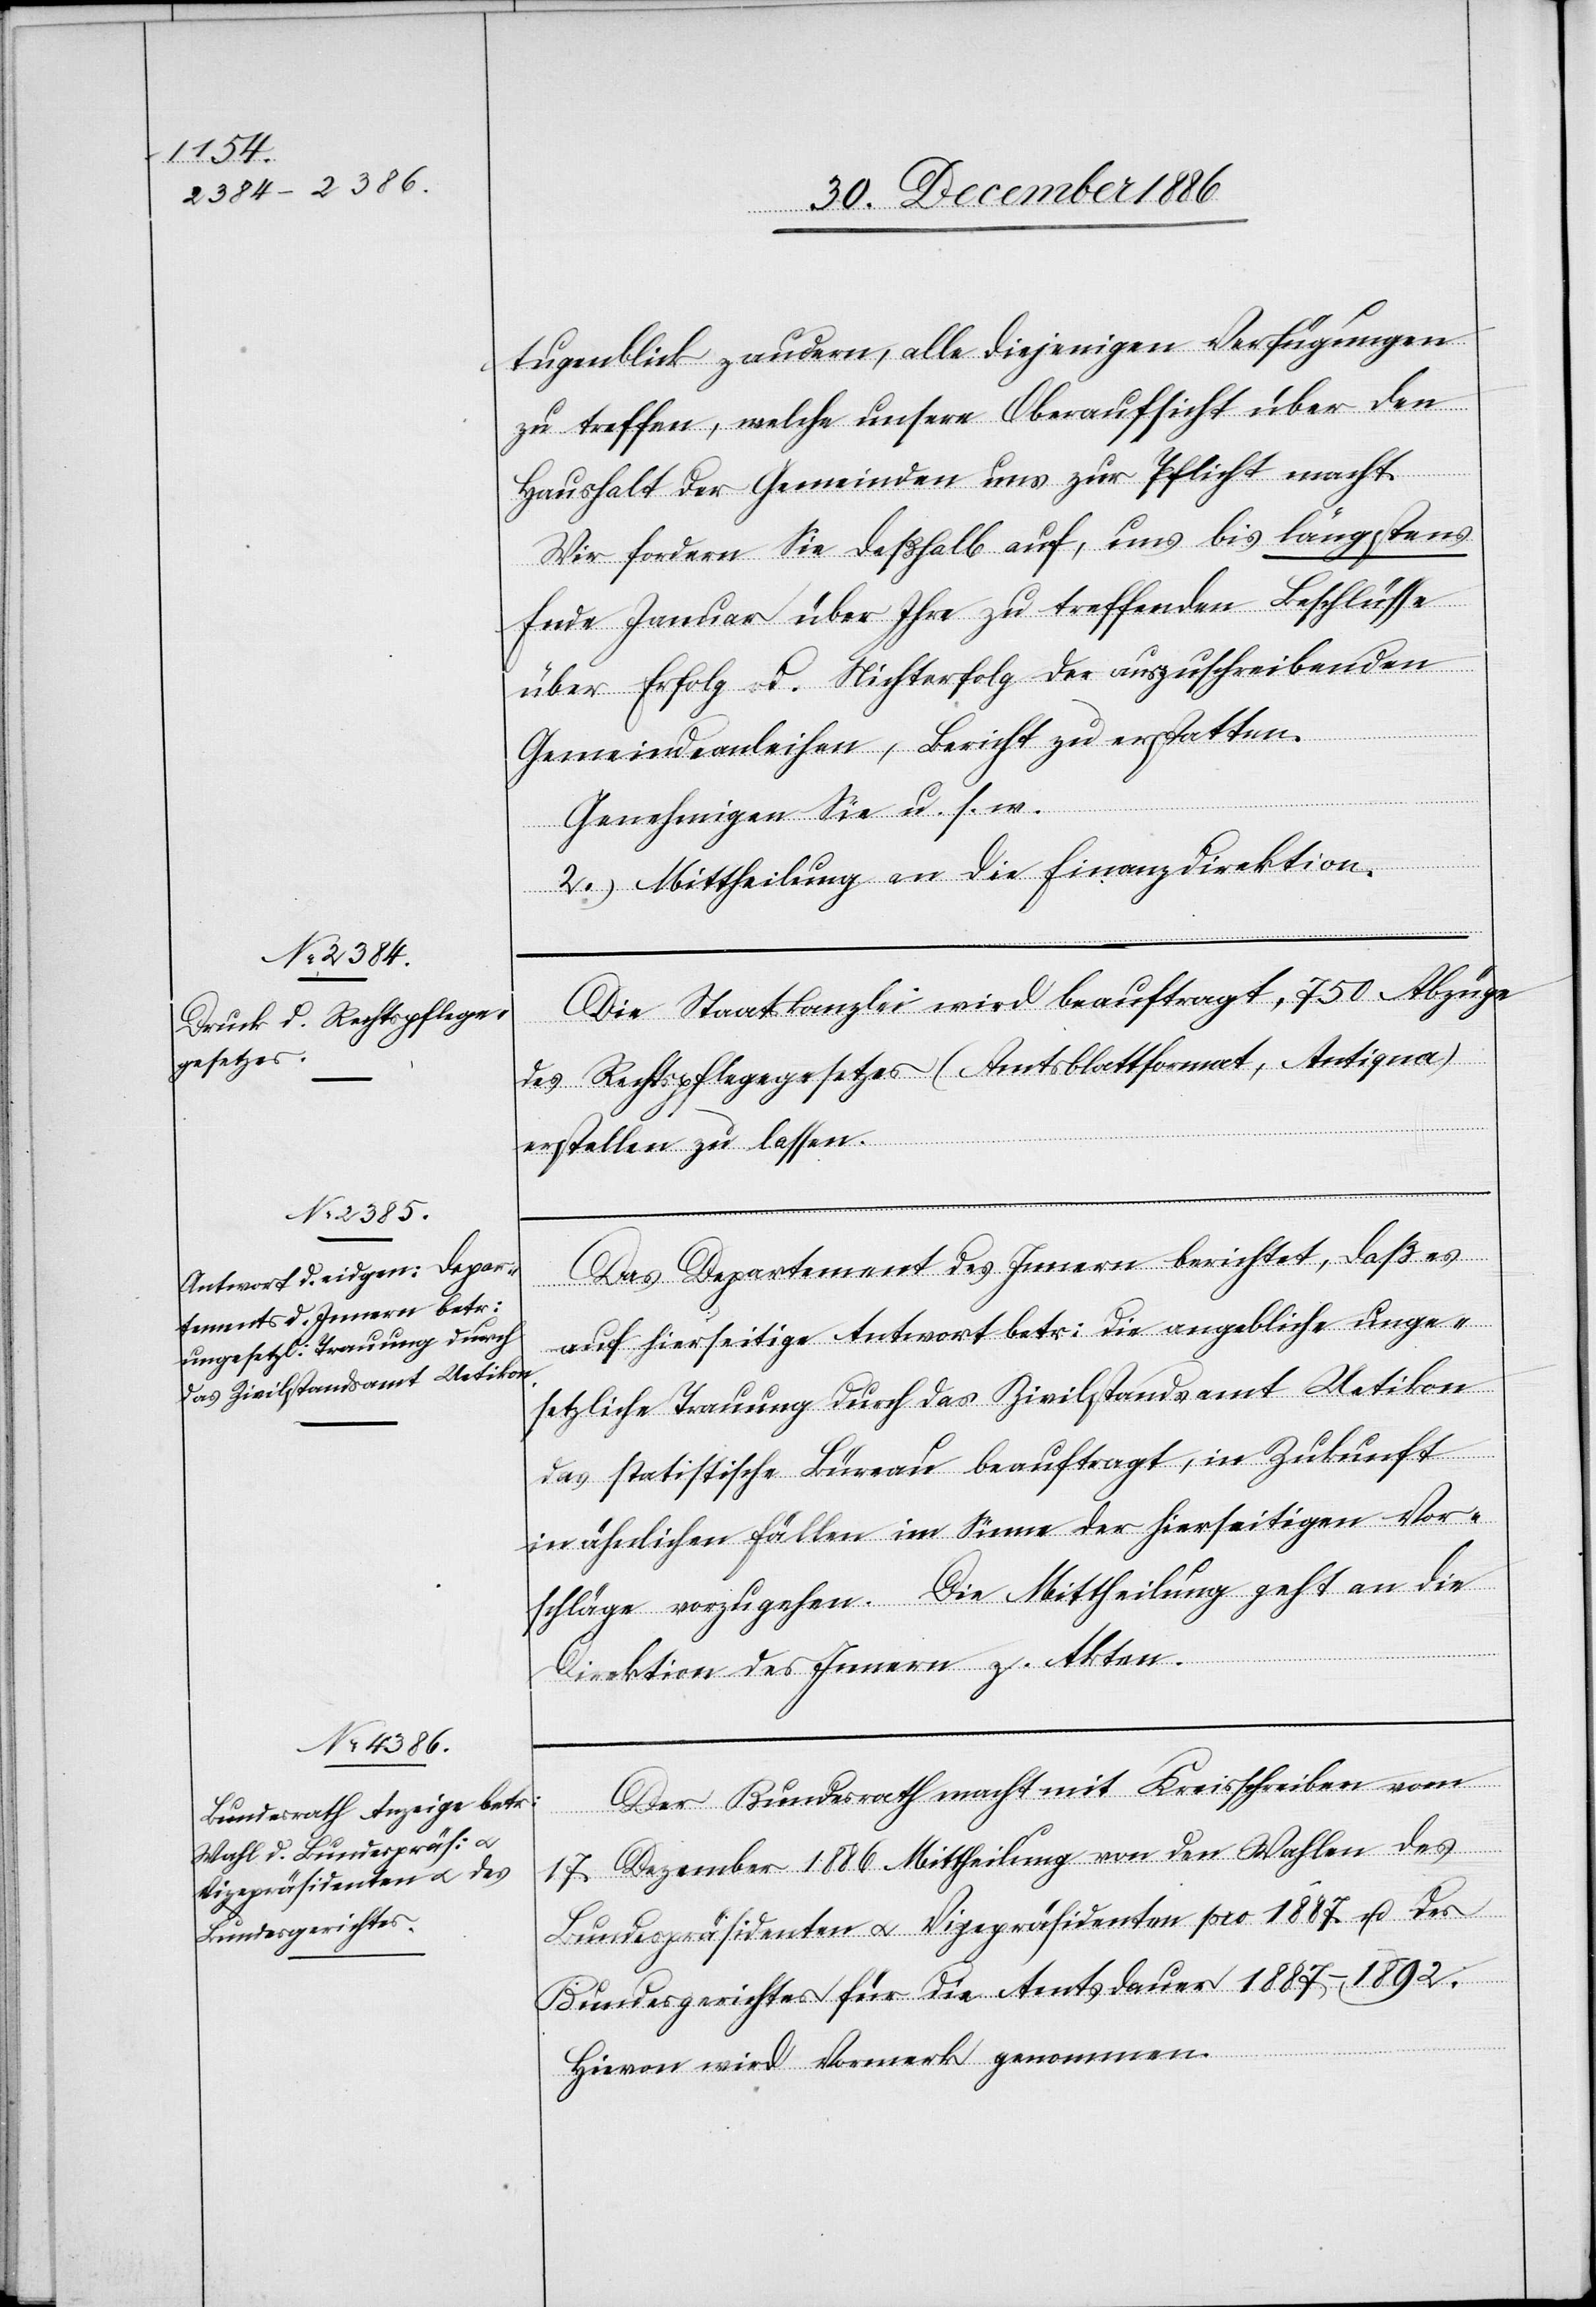
Augenblick zaudern, alle diejenigen Verfügungen
zu treffen, welche unsere Oberaufsicht über den
Haushalt der Gemeinden uns zur Pflicht macht.
Wir fordern Sie deßhalb auf, uns bis längstens
Ende Januar über Ihre zu treffenden Beschlüsse
über Erfolg od. Nichterfolg der auszuschreibenden
Gemeindeanleihen, Bericht zu erstatten.
Genehmigen Sie u. s. w.
2. Mittheilung an die Finanzdirektion.
Die Staatskanzlei wird beauftragt, 750 Abzüge
des Rechtspflegegesetzes (Amtsblattformat, Antiqua)
erstellen zu lassen.
Das Departement des Innern berichtet, daß es
auf hierseitige Antwort betr: die angebliche unge¬
setzliche Trauung durch das Zivilstandsamt Uetikon
das statistische Büreau beauftragt, in Zukunft
in ähnlichen Fällen im Sinne der hierseitigen Vor¬
schläge vorzugehen. Die Mittheilung geht an die
Direktion des Innern z. Akten.
Der Bundesrath macht mit Kreisschreiben vom
17. Dezember 1886 Mittheilung von den Wahlen des
Bundespräsidenten & Vizepräsidenten pro 1887 u. des
Bundesgerichtes für die Amtsdauer 1887–1892.
Hievon wird Vormerk genommen.